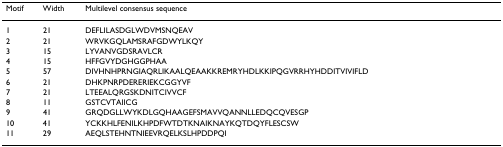
<table><thead><tr><td><b>Motif</b></td><td><b>Width</b></td><td><b>Multilevel consensus sequence</b></td></tr></thead><tbody><tr><td>1</td><td>21</td><td>DEFLILASDGLWDVMSNQEAV</td></tr><tr><td>2</td><td>21</td><td>WRVKGQLAMSRAFGDWYLKQY</td></tr><tr><td>3</td><td>15</td><td>LYVANVGDSRAVLCR</td></tr><tr><td>4</td><td>15</td><td>HFFGVYDGHGGPHAA</td></tr><tr><td>5</td><td>57</td><td>DIVHNHPRNGIAQRLIKAALQEAAKKREMRYHDLKKIPQGVRRHYHDDITVIVIFLD</td></tr><tr><td>6</td><td>21</td><td>DHKPNRPDERERIEKCGGYVF</td></tr><tr><td>7</td><td>21</td><td>LTEEALQRGSKDNITCIVVCF</td></tr><tr><td>8</td><td>11</td><td>GSTCVTAIICG</td></tr><tr><td>9</td><td>41</td><td>GRQDGLLWYKDLGQHAAGEFSMAVVQANNLLEDQCQVESGP</td></tr><tr><td>10</td><td>41</td><td>YCKKHLFENILKHPDFWTDTKNAIKNAYKQTDQYFLESCSW</td></tr><tr><td>11</td><td>29</td><td>AEQLSTEHNTNIEEVRQELKSLHPDDPQI</td></tr></tbody></table>